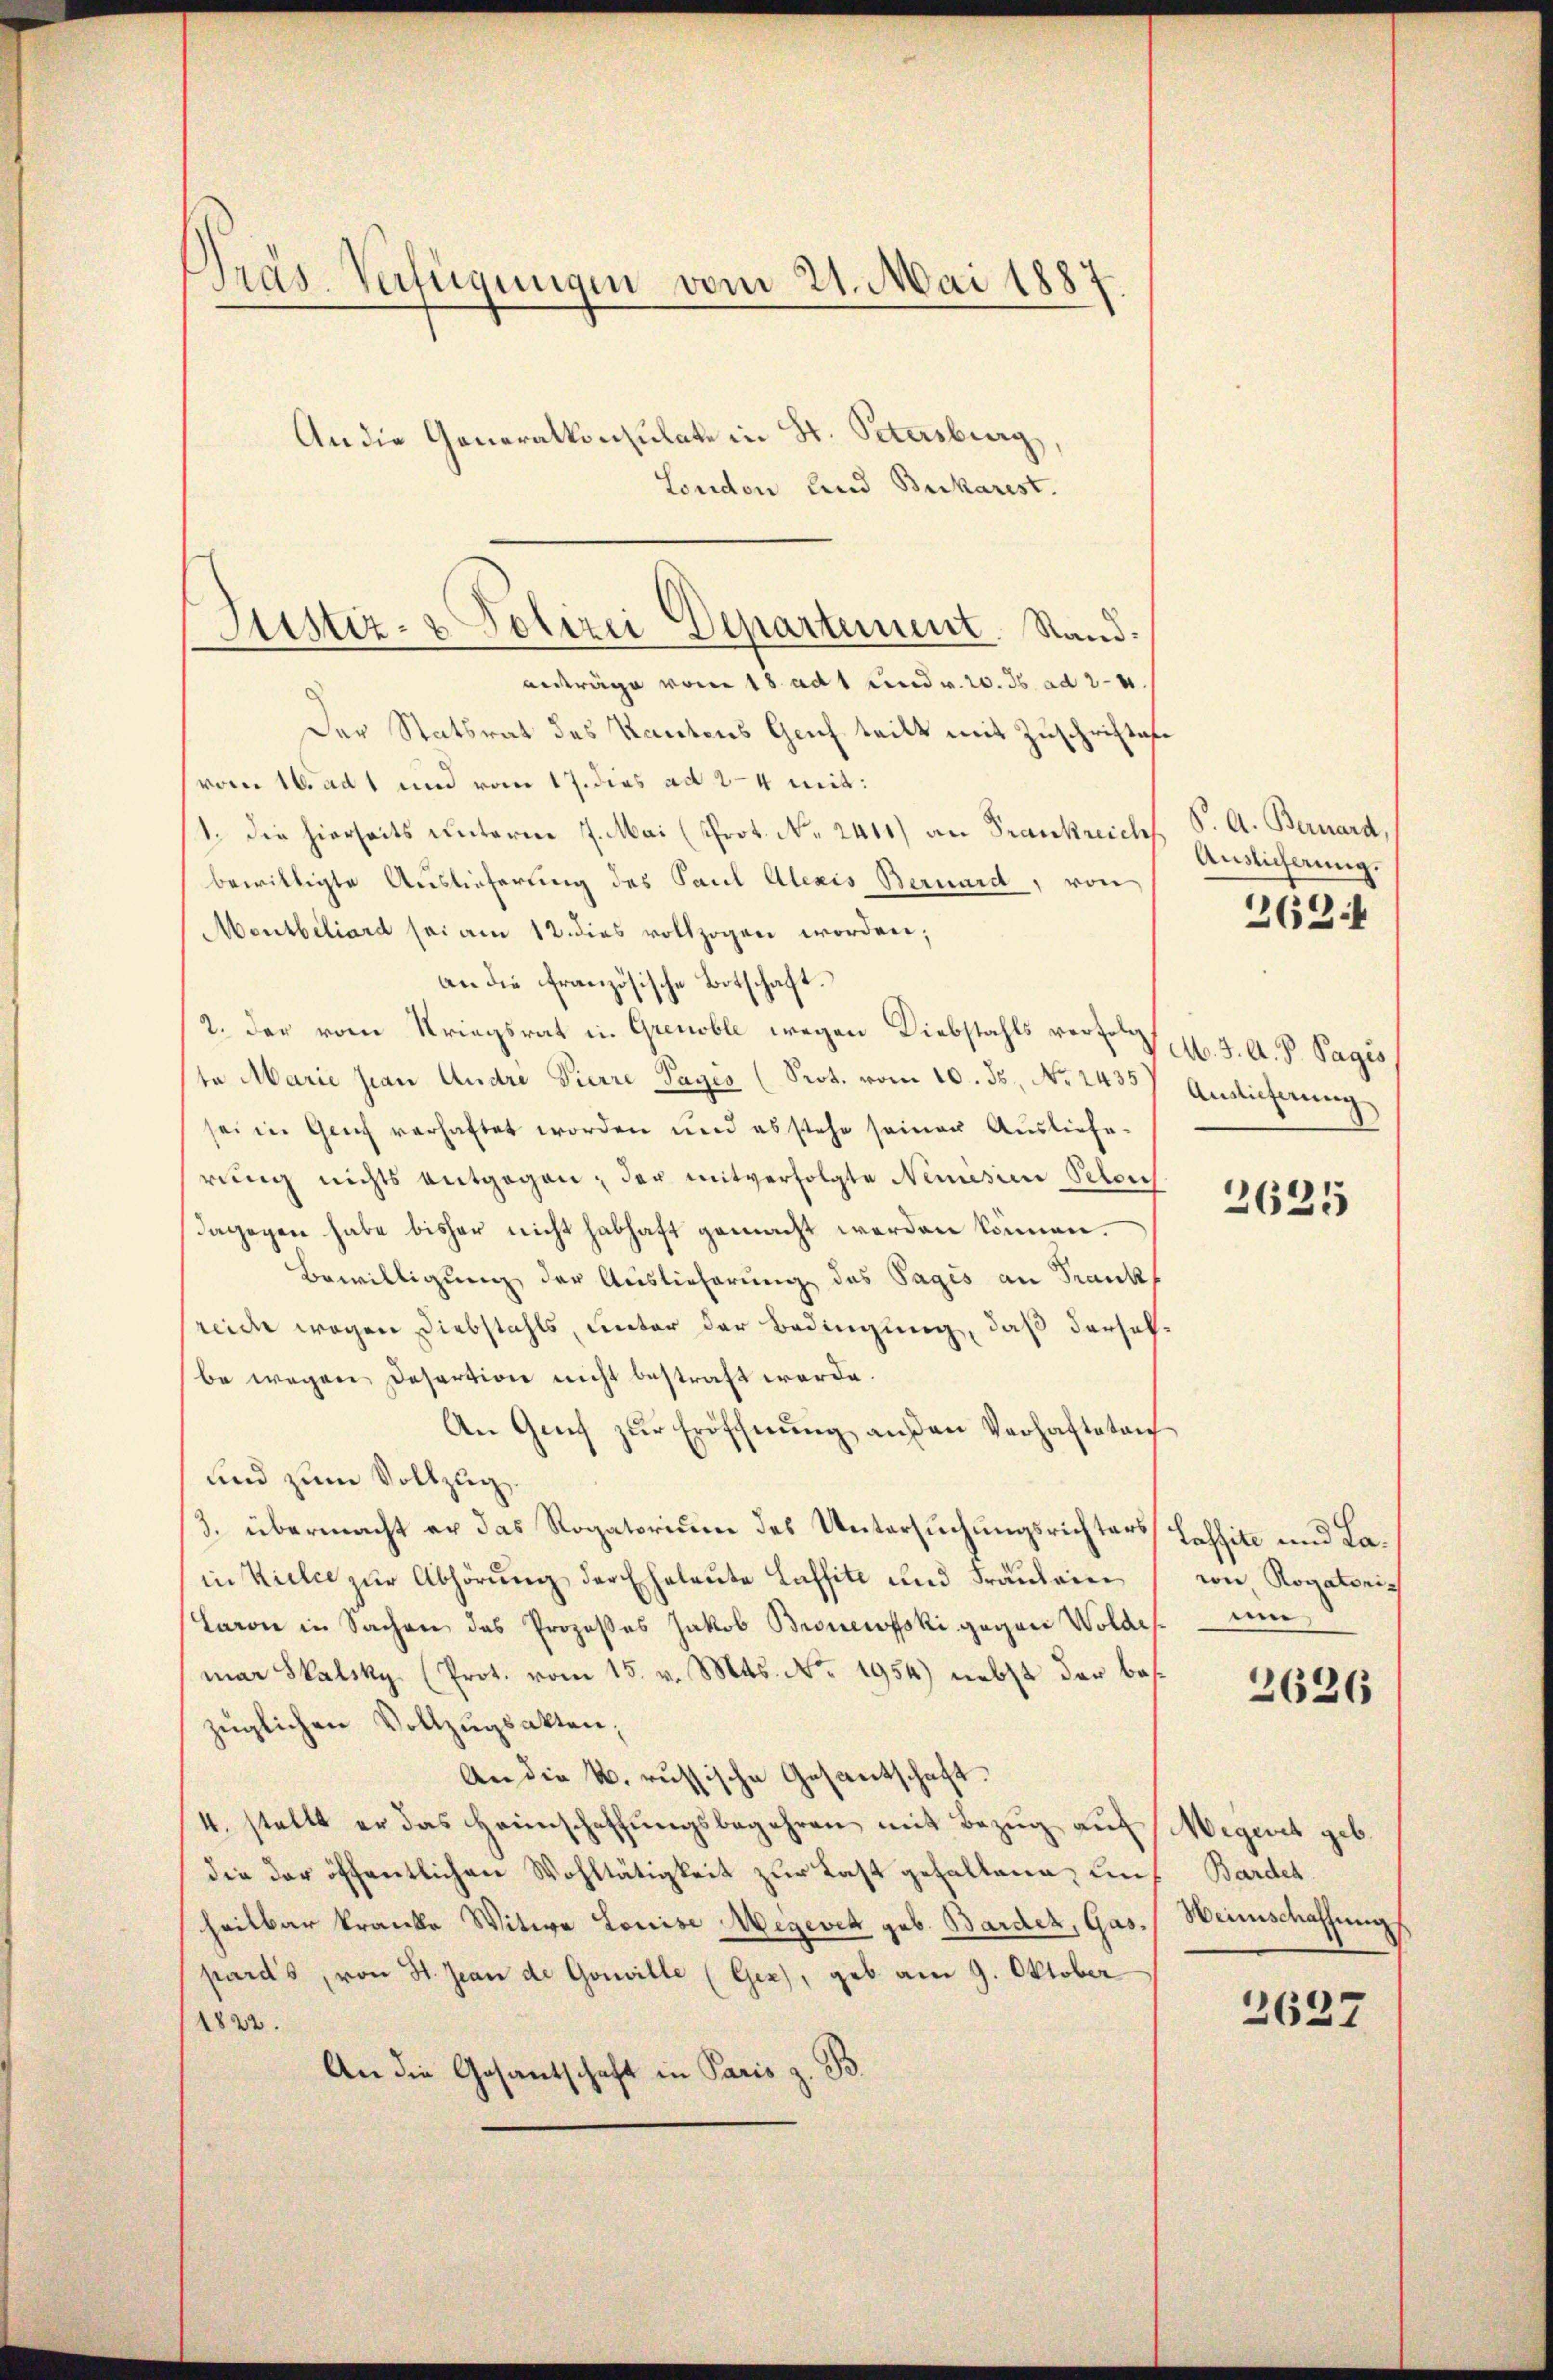
Präs. Verfügungen vom 21. Mai 1887.
An die Generalkonsulate in St. Petersburg,
London und Bukarest.

Der Statsrat des Kantons Geich teilt mit Zuschriftes
vom 16. ad 1 und vom 17. dies ad 2–4 mit:
1. die hierseits unterm 7. Mai (Prot. No. 2411) an Frankreich
bewilligte Auslieferung des Paul Alexis Bernard, von
Meutbiliard sei am 12. dies vollzogen worden;
an die französische Botschaft.
2. Der vom Kriegsrat in Grenoble wegen Diebstahls verte M. J. A. P. Pagis
te Marie Jean Andri Vierre Pagés (Prot. vom 10. ds., No. 2435) Auslieferung
sei in Genf verhaftet worden und es stehe seinen Ausliefe-
rŭng nichts entgegen der mitverfolgte Nemisia Petouch
dagegen habe bisher nicht habhaft gemacht werden können.
Bewilligung der Auslieferung des Tages an Frank
reide wegen Diebstahls, unter der Bedingung, daß derselbe wegen Desertion nicht bestraft werde.
An Genf zŭr Eröffnŭng anden Verhafteten
und zum Vollzug
3. übermacht er das Rogatorium des Untersuchungsrichters Tessite und Lain Kielce zur Abhörung der Eheleute Laffitt und Fräulein
Laron in Sachen das Prozesses Jakob Bronewfski gegen Wolde
mar Skalsky. (Prot. vom 15. v. Mts. No. 1954) nebst der beszüglichen Vollzugsakten;
An die k. russische Gesantschaft.
4. stellt er das Heimschaffŭngsbegehren mit Bezug auf Megeret geb.
die der öffentlichen Wohltätigkeit zur Last gehaltene, auf Bardet
heilbar kranke Witwe Louise Wegever geb. Barder, Gas. Weinschaffungs
pard's, von St. Jean de Gouville (Gex), geb. am 9. Oktober
1822.
An die Gesantschaft in Paris z. B.

Justiz- & Polizei Departement. Stand.
anträge vom 18. ad 1 und v. 2. ds. ad 24.

S. A. Bernard,
Auslicherung.
2634

2625

wie Rogatoris
d
2626

2637